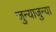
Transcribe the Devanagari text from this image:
जुन्याजुन्या